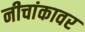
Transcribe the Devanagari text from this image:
नीचांकावर